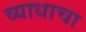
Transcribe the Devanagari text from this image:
व्याधाचा